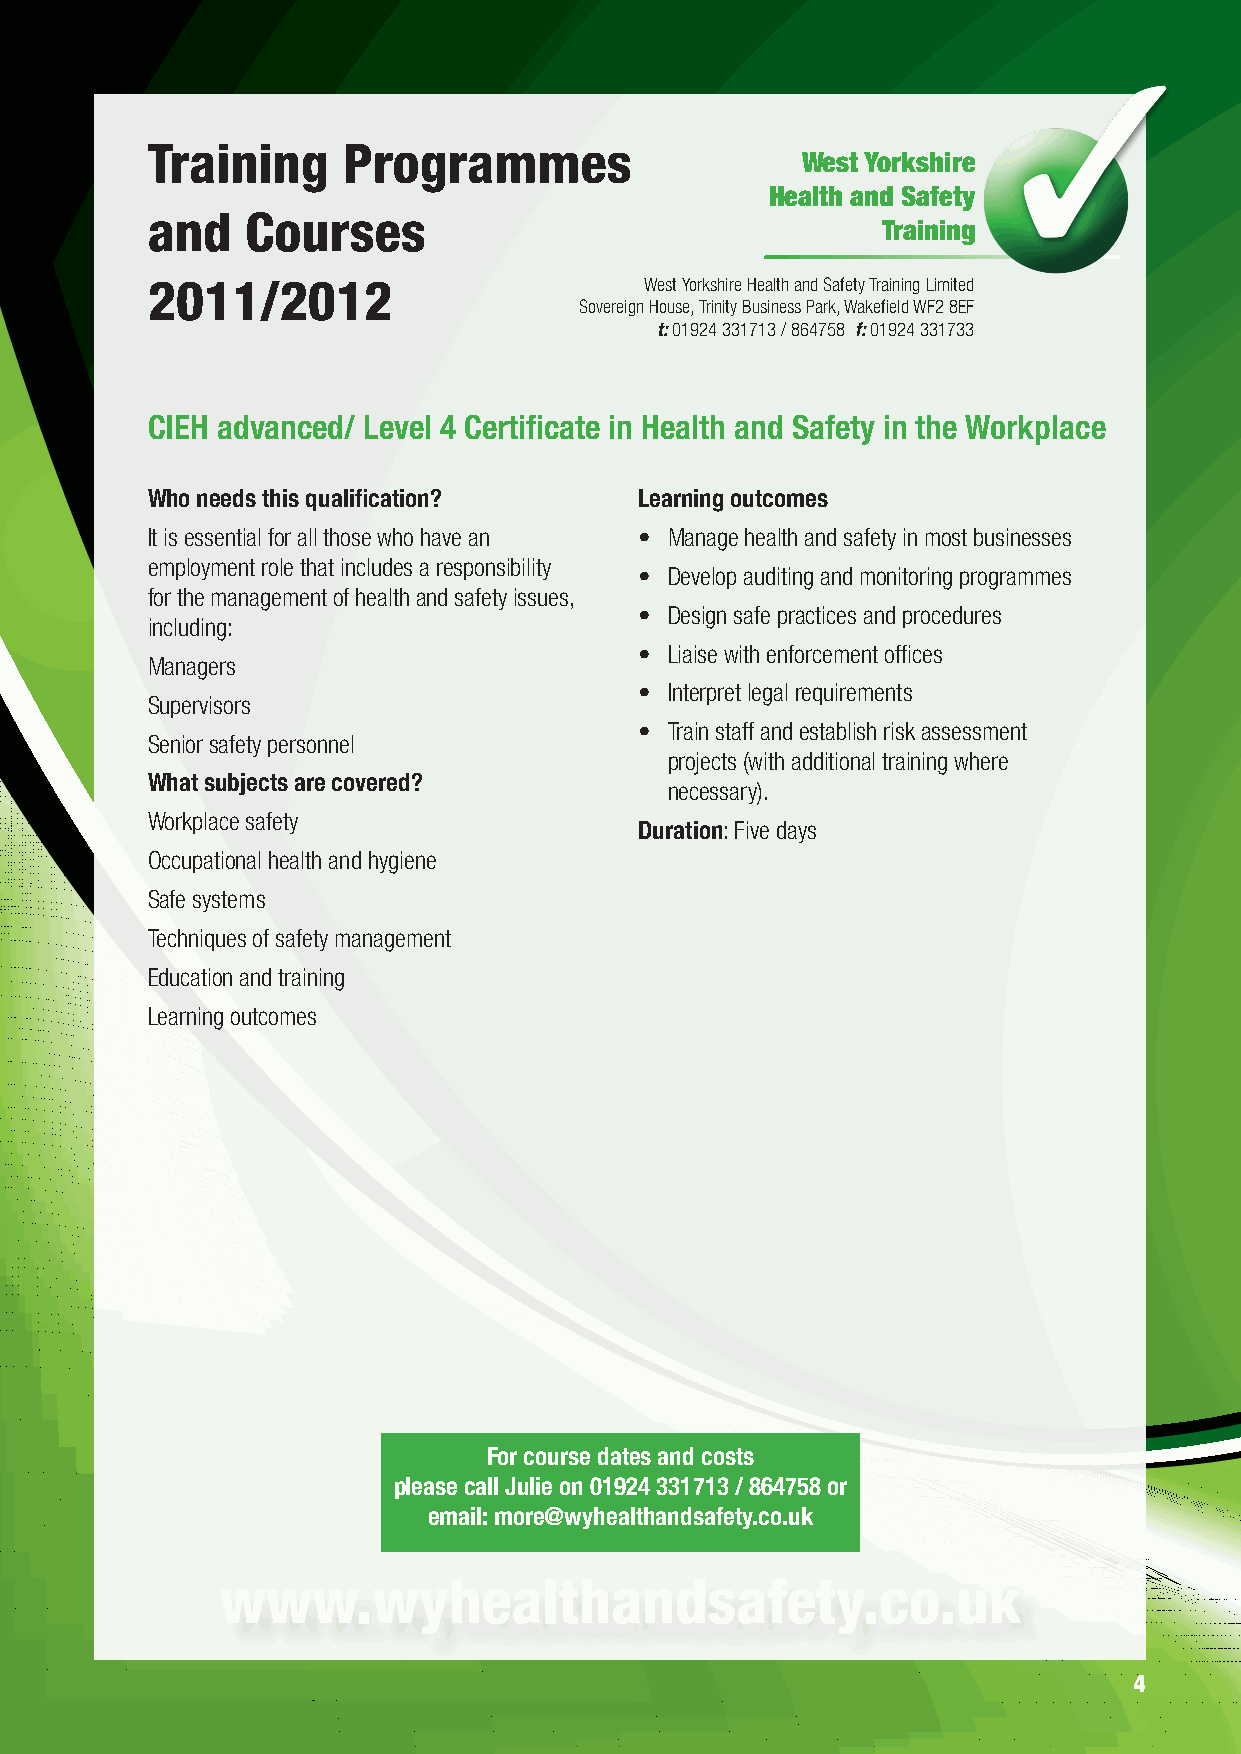
Training     Programmes
 West Yorkshire
 Health and Safety
 and   Courses
 Training
 2011/2012                        West Yorkshire Health and Safety Training Limited
 Sovereign House, Trinity Business Park, Wakefield WF2 8EF
 t: 01924 331713 / 864758 f: 01924 331733
 CIEH advanced/ Level 4 Certificate in Health and Safety in the Workplace
 Who needs this qualification?   Learning outcomes
 It is essential for all those who have an • Manage health and safety in most businesses
 employment role that includes a responsibility
 • Develop auditing and monitoring programmes
 for the management of health and safety issues,
 • Design safe practices and procedures
 including:
 • Liaise with enforcement offices
 Managers
 • Interpret legal requirements
 Supervisors
 • Train staff and establish risk assessment
 Senior safety personnel
 projects (with additional training where
 What subjects are covered?
 necessary).
 Workplace safety
 Duration: Five days
 Occupational health and hygiene
 Safe systems
 Techniques of safety management
 Education and training
 Learning outcomes
 For course dates and costs
 please call Julie on 01924 331713 / 864758 or
 email: more@wyhealthandsafety.co.uk
 www.wyhealthandsafety.co.uk
 4